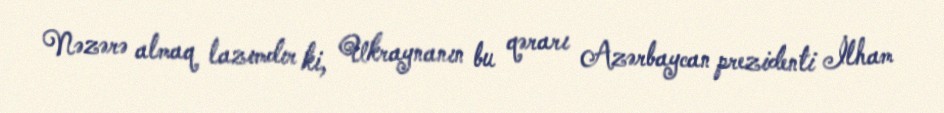
Nəzərə almaq lazımdır ki, Ukraynanın bu qərarı Azərbaycan prezidenti İlham